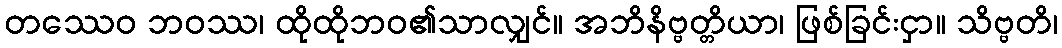
တဿေဝ ဘဝဿ၊ ထိုထိုဘဝ၏သာလျှင်။ အဘိနိဗ္ဗတ္တိယာ၊ ဖြစ်ခြင်းငှာ။ သိဗ္ဗတိ၊